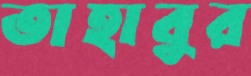
তাহাবুর